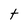
Character: t